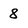
Character: 8